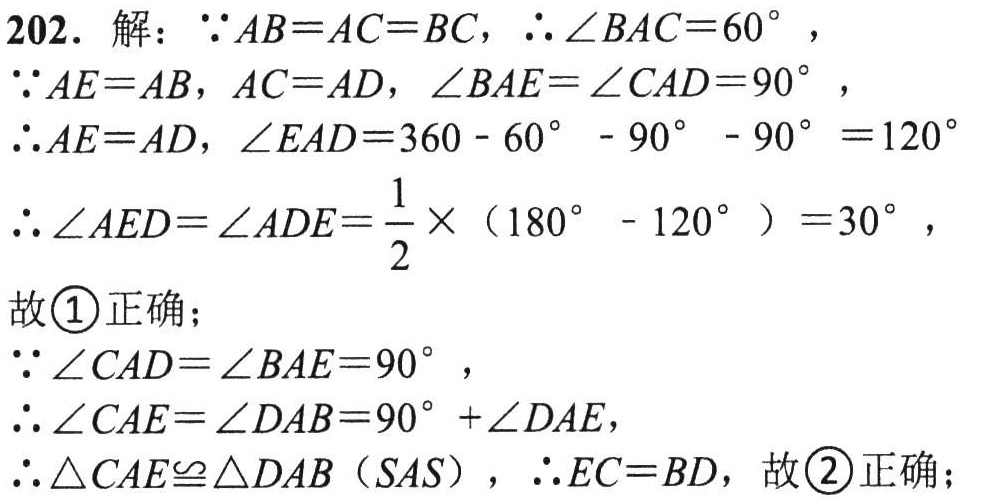
202. 解：$\because AB = AC = BC$，$\therefore \angle BAC = 60^{\circ}$，
$\because AE = AB$，$AC = AD$，$\angle BAE=\angle CAD = 90^{\circ}$，
$\therefore AE = AD$，$\angle EAD = 360 - 60^{\circ}-90^{\circ}-90^{\circ}=120^{\circ}$
$\therefore \angle AED=\angle ADE=\frac{1}{2}\times(180^{\circ}-120^{\circ}) = 30^{\circ}$，
故\textcircled{1}正确；
$\because \angle CAD=\angle BAE = 90^{\circ}$，
$\therefore \angle CAE=\angle DAB = 90^{\circ}+\angle DAE$，
$\therefore \triangle CAE\cong\triangle DAB（SAS）$，$\therefore EC = BD$，故\textcircled{2}正确；